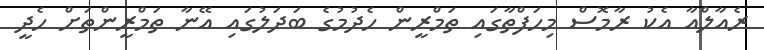
ރެއާލްއާ އެކު ރާމޮސް މިހަފްތާގައި ތަމްރީން ހެދުމުގެ ބަދަލުގައި އޭނާ ތަމްރީންތަށް ހެދީ